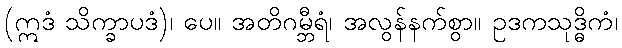
(ဣဒံ သိက္ခာပဒံ)၊ ပေ။ အတိဂမ္ဘီရံ၊ အလွန်နက်စွာ။ ဥဒကသုဒ္ဓိကံ၊